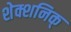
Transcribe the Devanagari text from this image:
शेक्शनिक्